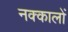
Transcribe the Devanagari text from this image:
नक्कालों